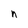
Character: n